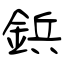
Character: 鋲